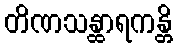
တိဏသန္ထာရကန္တိ